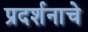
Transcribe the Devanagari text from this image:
प्रदर्शनाचे